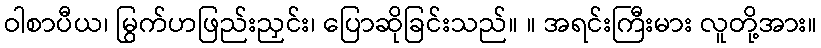
ဝါစာပီယ၊ မြွက်ဟဖြည်းညှင်း၊ ပြောဆိုခြင်းသည်။ ။ အရင်းကြီးမား လူတို့အား။